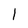
Character: l